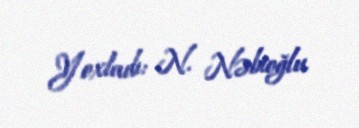
Yoxladı: N. Nəbioğlu